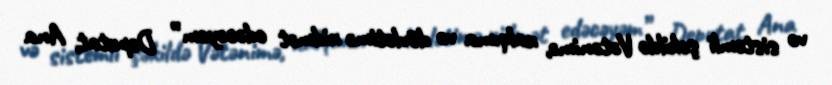
və sistemli şəkildə Vətənimə, xalqıma və dövlətimə xidmət edəcəyəm” Deputat, Ana